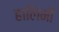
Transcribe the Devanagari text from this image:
हालिमी